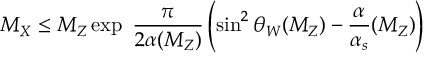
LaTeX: M _ { X } \leq M _ { Z } \exp { \ \frac \pi { 2 \alpha { ( M _ { Z } ) } } \left( \sin ^ { 2 } \theta _ { W } ( M _ { Z } ) - \frac \alpha { \alpha _ { s } } { ( M _ { Z } ) } \right) }